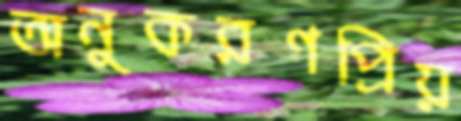
অনুকরণপ্রিয়